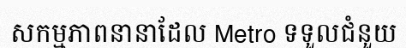
សកម្មភាពនានាដែល Metro ទទួលជំនួយ